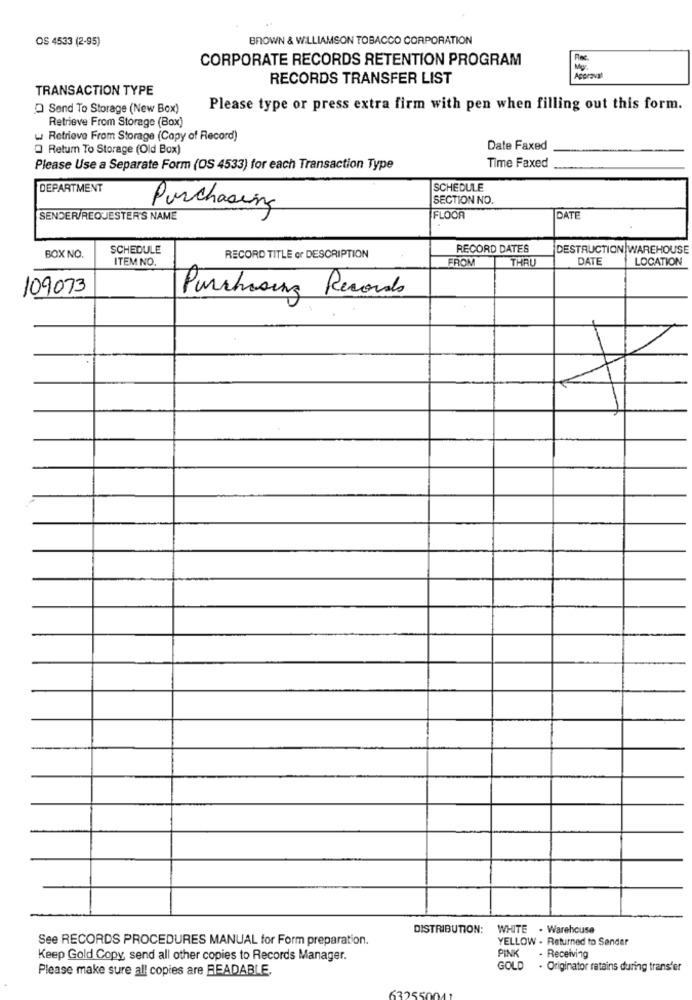
OS 4533 (2-95)
BROWN & WILLIAMSON TOBACCO CORPORATION
CORPORATE RECORDS RETENTION PROGRAM
Mg
RECORDS TRANSFER LIST
Approval
TRANSACTION TYPE
O Send To Storage (New Box)
Please type or press extra firm with pen when filling out this form.
Retrieve From Storage (Box)
Retrieve From Storage (Copy of Record)
O Retum To Storage (Old Box)
Date Faxed
Please Use a Separate Form (OS 4533) for each Transaction Type
Time Faxed
DEPARTMENT
SCHEDULE
SECTION NO.
Purchasing
SENDER/REQUESTER'S NAME
FLOOR
DATE
SCHEDULE
RECORD DATES
DESTRUCTION WAREHOUSE
BOX NO.
ITEM NO.
RECORD TITLE or DESCRIPTION
FROM
THAU
DATE
LOCATION
109073
Purchasing Records
DISTRIBUTION: WHITE . Warehouse
See RECORDS PROCEDURES MANUAL for Form preparation.
YELLOW - Returned to Sender
PINK
Keep Gold Copy send all other copies to Records Manager.
. Receiving
Please make sure all copies are READABLE.
GOLD
. Originator retains during transfer